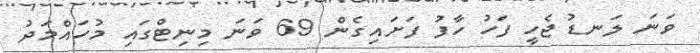
ވަނަ ލަނޑު ޖެހީ ފަހު ހާފު ފަށައިގެން 69 ވަނަ މިނިޓްގައި މުހައްމަދު